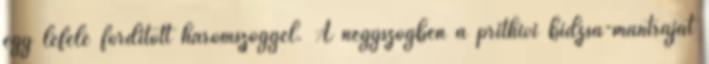
egy lefelé fordított háromszöggel. A négyszögben a prithívi bidzsa-mantráját